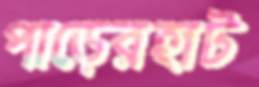
পাড়েরহাট